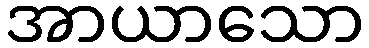
အာယာသော